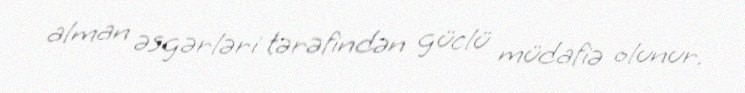
alman əsgərləri tərəfindən güclü müdafiə olunur.